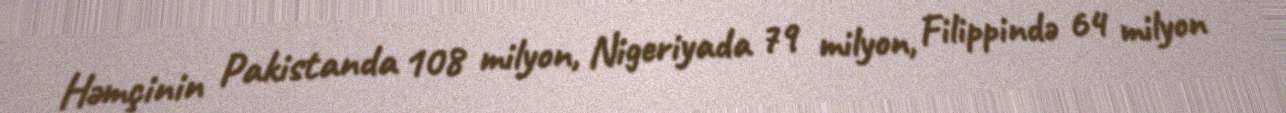
Həmçinin Pakistanda 108 milyon, Nigeriyada 79 milyon, Filippində 64 milyon